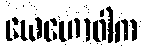
ယေဟောဝါက